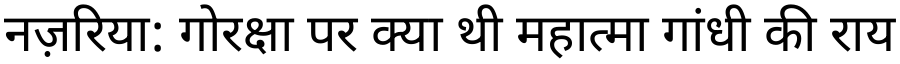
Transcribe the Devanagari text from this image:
नज़रिया: गोरक्षा पर क्या थी महात्मा गांधी की राय